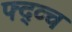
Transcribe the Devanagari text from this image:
फ्द्व्च